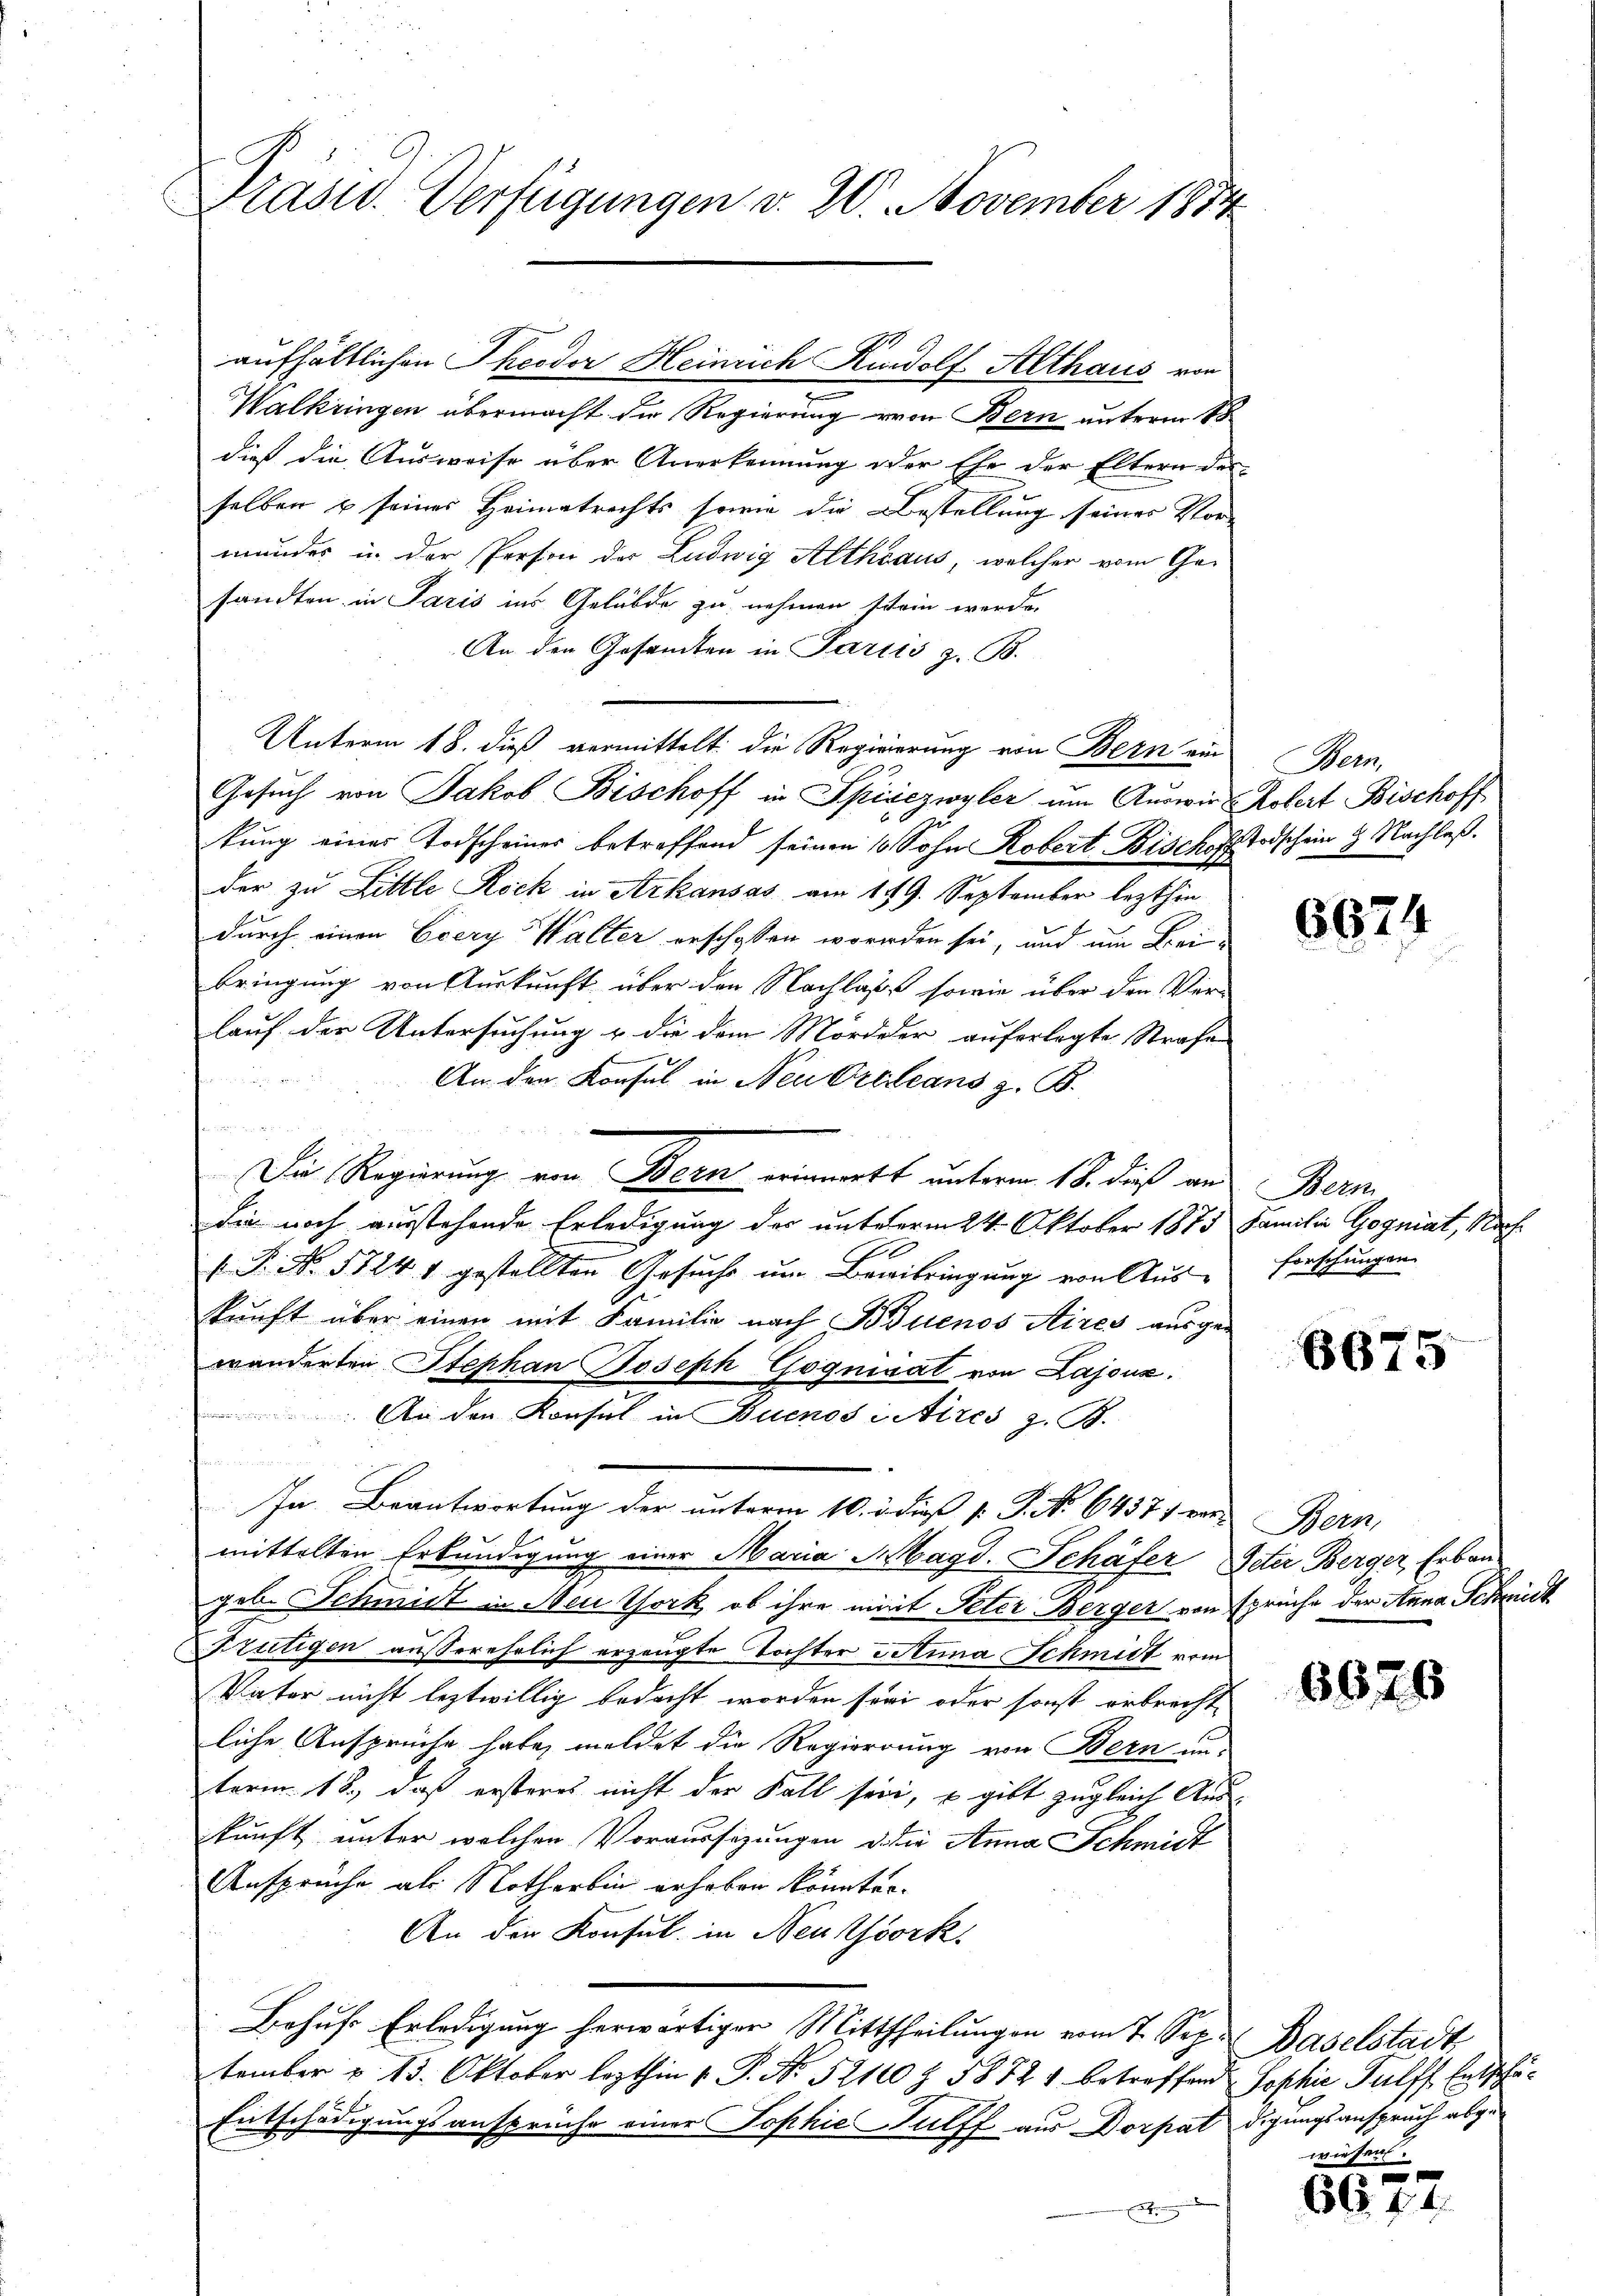
Präsid. Verfügungen v. 20. November 1884.

Walkringen übermacht die Regierung von Bern unterm 18
dieß die Ausweise über Anerkennung oder Ehe der Eltern der
selben u seiner Heimatrechts sowie die Bestellung seiner Vormander in der Person der Ludwig Althraus, welcher vom Ge-
sandten in Paris ins Gelübde zu nehmen stein werde.
An den Gesamten in Pariis z. B.
Unterm 18. dieß vermittelt die Regierung von Bern ein Bern,
Gesuch von Jakob Bischoff in Spiezwyler um Auswir Robert Bischoff
kung einer Todscheines betreffend seinen 10 Sohn Robert Bischofs Todschein 2 Nachlaß.
der zu Little Rock in Arkausas am 149. September lezthin
durch einen Eiery Walter erschoßen worden sei, und um Frein
bringung von Auskunft über den Nachlasst sowie über den Ver-
lauf der Untersuchung u. die dem Mordeder auferlegte Strafe

An den Konsul in Neu Orleans z. B.

Die Regierung von Bern erinnert unterm 18. dieß aus Bern
die noch ausstehende Erledigung des unterm 24. Oktober 1875 Familie Gogniat, Nach
 P. No. 5724 1 gestellten Gesuche um Bewibringung von Aus-
kunft über einen mit Familie nach Buenos Aires ausge-
wänderten Stephan Joseph Gognivat von Lajoux.
 An den Konsul in Buenos citires z. B.
In Beantwortung der unterm 10. 2 dieß P. P. No 64371 vor Bern,
mittelten Erkundigung einer Maria Magd. Schäfer Peter Berger Erbaugeb. Schmitt in Neuthork, ob ihre mit Peter Berger von spreche der Anna Schmidt
Frutigen ausserehrlich erzeugte Tochter Anna Schmidt vom
Vater nicht leztwillig bedacht worden sey oder sonst erbrecht
liche Ansprüche habe, meldet die Regierung von Bern un-
term 18., daß ersteres nicht der Fall sein, u gibt zugleich Auskunft unter welchen Voraussizungen die Anna Schmidt
Ansprüche als Notherlin erhoben könnten.
An den Konsul in Neuessork
Behufs Erledigung herwärtigen Mittheilungen vom 7. Sep. Baselstadt
tember u. 13. Oktober lezthin 1. P. Nr. 52110 Z. 58724 betreffend Sophie Palff Entschä¬
Entschädigungsansprüche einer Sophie ulff aus Dorpat digungsanspruch abgee

aufhältlichen Theodor Heinrich Rudolf Althaus von

6624

forschungen.

8675

6676

wiesen.

66